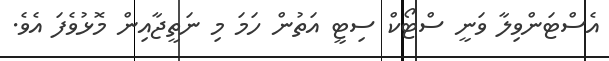
އެސްޓަންވިލާ ވަނީ ސްޓޯކް ސިޓީ އަތުން ހަމަ މި ނަތީޖާއިން މޮޅުވެފަ އެވެ.